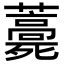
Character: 𧂎